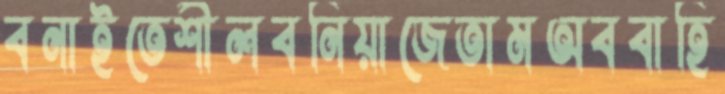
বনাইতেশীলবনিয়াজেতামঅববাহি